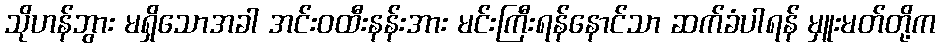
သိုဟန်ဘွား မရှိသောအခါ အင်းဝထီးနန်းအား မင်းကြီးရန်နောင်သာ ဆက်ခံပါရန် မှူးမတ်တို့က